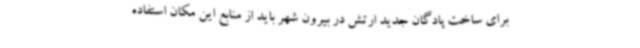
برای ساخت پادگان جدید ارتش در بیرون شهر باید از منابع این مکان استفاده